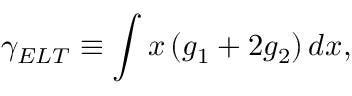
\gamma _ { E L T } \equiv \int x \left( g _ { 1 } + 2 g _ { 2 } \right) d x ,